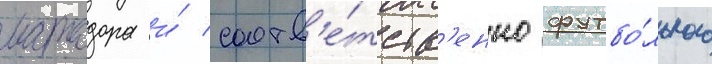
матадора и́ соотв'е́тств'енно футбо́льного